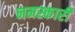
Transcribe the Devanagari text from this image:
नमस्कारी